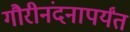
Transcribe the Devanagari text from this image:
गौरीनंदनापर्यंत